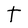
Character: t